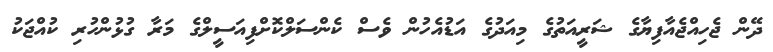
ދޭން ޖެހިއްޖެއާފިޔާގެ ޝަރީއަތުގެ މިއަދުގެ އަޑުއެހުން ވެސް ކެންސަލްކޮށްފިއަސީލްގެ މަރާ ގުޅުންހުރި ކުއްޖަކު